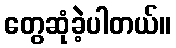
တွေဆုံခဲ့ပါတယ်။